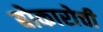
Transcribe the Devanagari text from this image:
बोकारोची